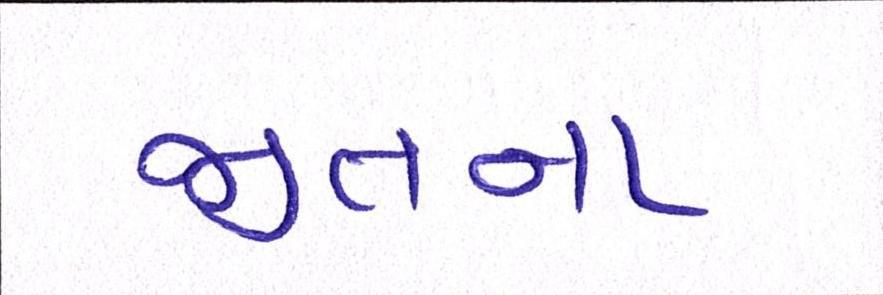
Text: જીતના